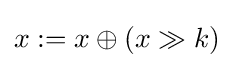
{\textstyle x:=x\oplus (x\gg k)}